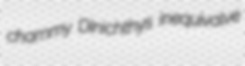
chammy Dinichthys inequivalve